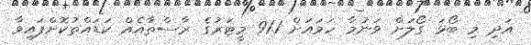
އަދި މި ބޯޅަ ގޯލަށް ވަނުމާ ހަމައަށް 91.1 މީޓަރުގެ ރާސްތާއެއް ކަޑައްތުކޮށްފައިވާ